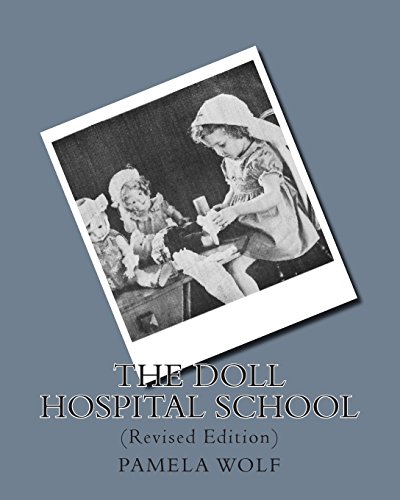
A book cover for The Doll Hospital School: (Revised Edition); Pamela Wolf; Education & Teaching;